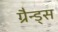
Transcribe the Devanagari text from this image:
ग्रैन्ड्स